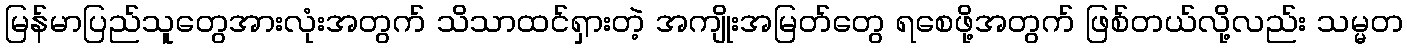
မြန်မာပြည်သူတွေအားလုံးအတွက် သိသာထင်ရှားတဲ့ အကျိုးအမြတ်တွေ ရစေဖို့အတွက် ဖြစ်တယ်လို့လည်း သမ္မတ